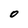
Character: 0